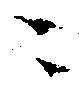
ニ